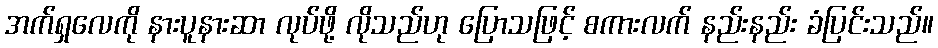
အက်ရှလေကို နားပူနားဆာ လုပ်ဖို့ လိုသည်ဟု ပြောသဖြင့် စကားလက် နည်းနည်း ခံပြင်းသည်။